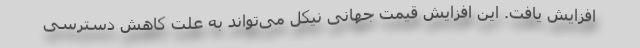
افزایش یافت. این افزایش قیمت جهانی نیکل می‌تواند به علت کاهش دسترسی